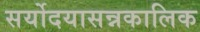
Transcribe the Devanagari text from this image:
सर्योदयासन्नकालिक